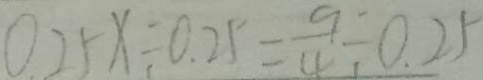
0 . 2 5 x \div 0 . 2 5 = \frac { 9 } { 4 } \div 0 . 2 5